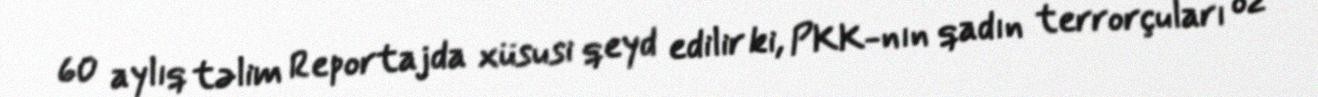
60 aylıq təlim Reportajda xüsusi qeyd edilir ki, PKK-nın qadın terrorçuları öz